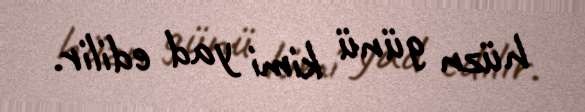
hüzn günü kimi yad edilir.